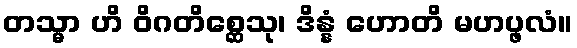
တသ္မာ ဟိ ဝိဂတိစ္ဆေသု၊ ဒိန္နံ ဟောတိ မဟပ္ဖလံ။